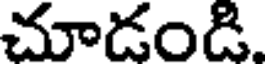
చూడంది.